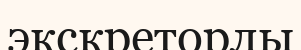
экскреторлы